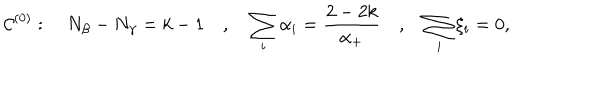
{ \cal C } ^ { ( 0 ) } : \quad N _ { \beta } - N _ { \gamma } = k - 1 \quad , \quad \sum _ { i } \alpha _ { i } = { \frac { 2 - 2 k } { \alpha _ { + } } } \quad , \quad \sum _ { i } \xi _ { i } = 0 ,